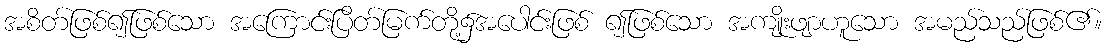
အစိတ်ဖြစ်၍ဖြစ်သော အကြောင်းပြိတ်မြက်တို့၌အပေါင်းဖြစ် ၍ဖြစ်သော အကျိုးဖျာဟူသော အမည်သည်ဖြစ်၏။